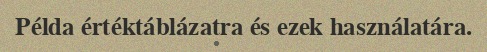
Példa értéktáblázatra és ezek használatára.